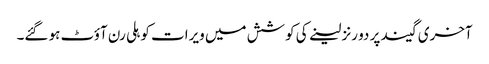
آخری گیند پر دو رنز لینے کی کوشش میں ویرات کوہلی رن آؤٹ ہو گئے۔